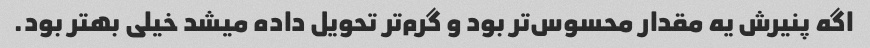
اگه پنیرش یه مقدار محسوس‌تر بود و گرم‌تر تحویل داده میشد خیلی بهتر بود.